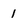
Character: 1